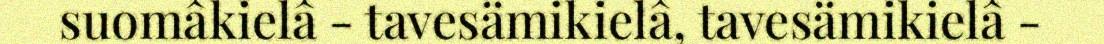
suomâkielâ - tavesämikielâ, tavesämikielâ -